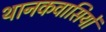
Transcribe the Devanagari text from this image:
थानकवासियों